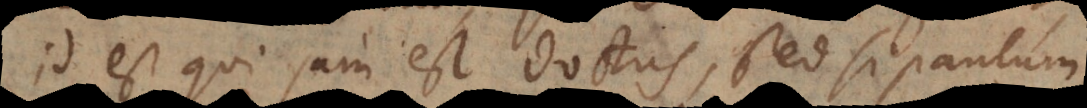
id est qui jam est doctus, sed si paulum